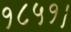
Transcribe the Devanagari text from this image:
१८५१।